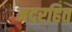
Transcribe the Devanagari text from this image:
मदरहित